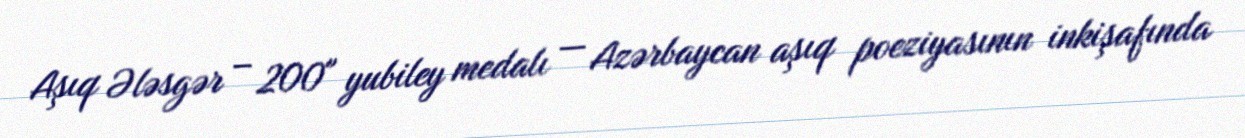
Aşıq Ələsgər – 200" yubiley medalı — Azərbaycan aşıq poeziyasının inkişafında